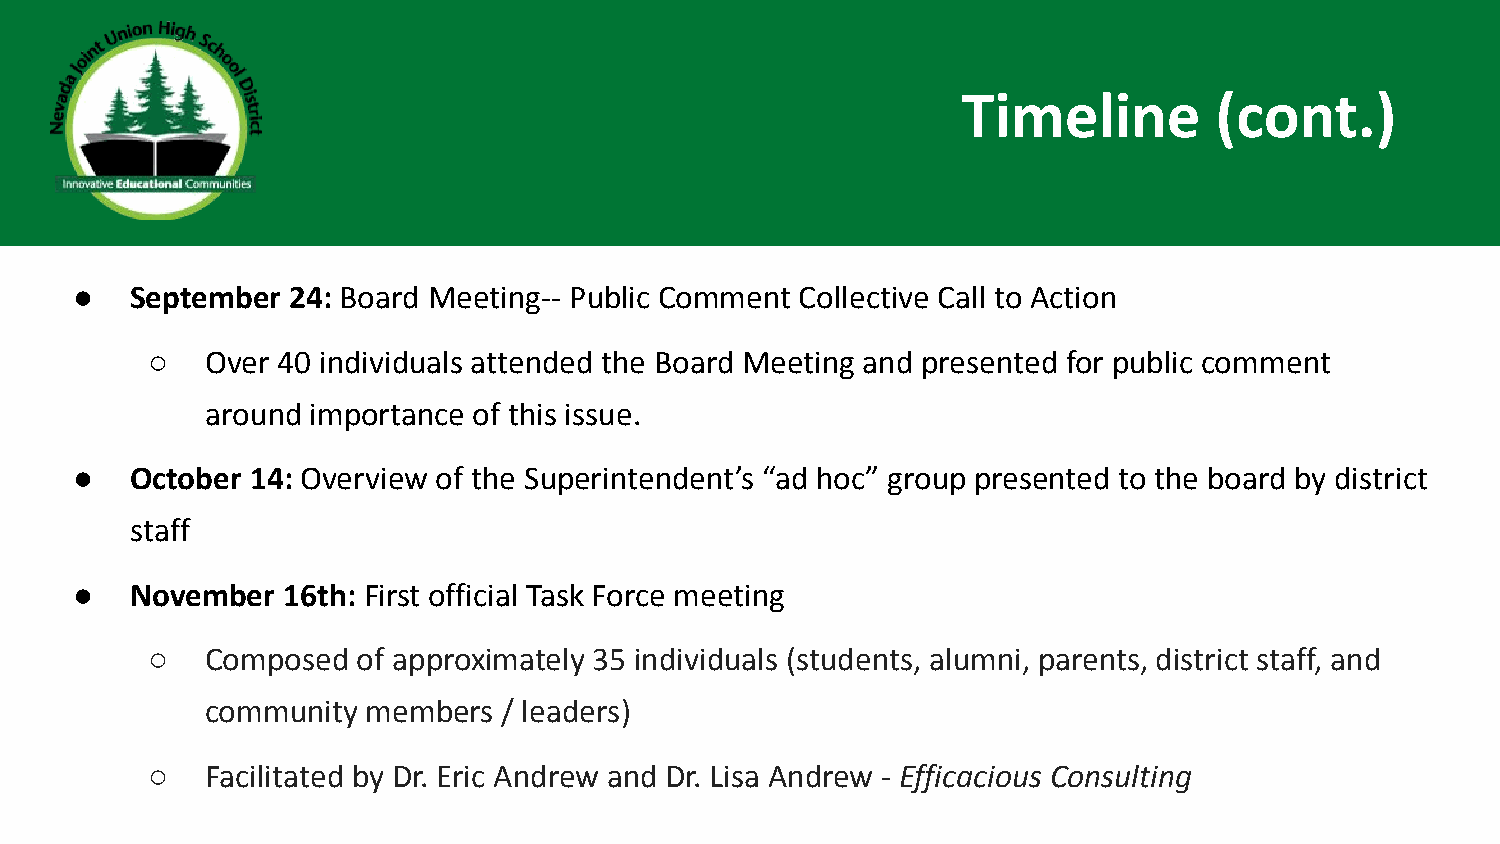
Timeline        (cont.)
 ●   September 24: Board Meeting-- Public Comment Collective Call to Action
 ○   Over 40 individuals attended the Board Meeting and presented for public comment
 around importance of this issue.
 ●   October 14: Overview of the Superintendent’s “ad hoc” group presented to the board by district
 staff
 ●   November  16th: First official Task Force meeting
 ○   Composed  of approximately 35 individuals (students, alumni, parents, district staff, and
 community members  / leaders)
 ○   Facilitated by Dr. Eric Andrew and Dr. Lisa Andrew - Efficacious Consulting